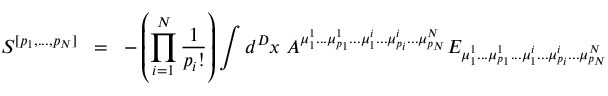
{ \cal { S } } ^ { [ p _ { 1 } , . . . , p _ { N } ] } \; \; = \; \; - \left( \prod _ { i = 1 } ^ { N } \frac { 1 } { p _ { i } ! } \right) \int d ^ { D } x \; A ^ { { \mu } _ { 1 } ^ { 1 } . . . { \mu } _ { p _ { 1 } } ^ { 1 } . . . { \mu } _ { 1 } ^ { i } . . . { \mu } _ { p _ { i } } ^ { i } . . . { \mu } _ { p _ { N } } ^ { N } } E _ { { \mu } _ { 1 } ^ { 1 } . . . { \mu } _ { p _ { 1 } } ^ { 1 } . . . { \mu } _ { 1 } ^ { i } . . . { \mu } _ { p _ { i } } ^ { i } . . . { \mu } _ { p _ { N } } ^ { N } }